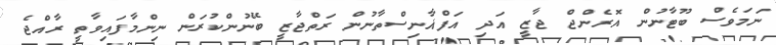
ނަމަވެސް ބޫޓާނުން އޮރެންޖް ޖާޒީ އަދި އަފްޣާނިސްތާނުން ރަތްޖާޒީ ބޭނުންކުރަން ނިންމާފައިވާތީ ރާއްޖެ